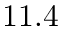
1 1 . 4